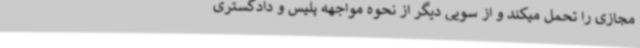
مجازی را تحمل میکند و از سویی دیگر از نحوه مواجهه پلیس و دادگستری